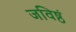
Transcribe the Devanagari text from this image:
जविष्ठं